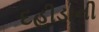
દહીડાની